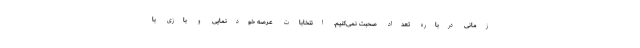
زمانی درباره تعداد صحبت نمی‌کنیم. انتخابات عرصه خودنمایی و بازی با